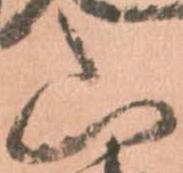
山